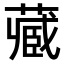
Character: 𫟖